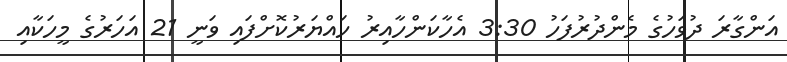
އަންގާރަ ދުވަހުގެ މެންދުރުފަހު 3:30 އެހާކަންހާއިރު ހައްޔަރުކޮށްފައި ވަނީ 21 އަހަރުގެ މީހަކާއި